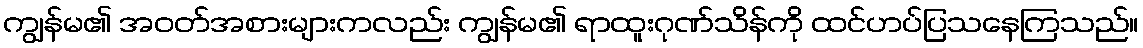
ကျွန်မ၏ အဝတ်အစားများကလည်း ကျွန်မ၏ ရာထူးဂုဏ်သိန်ကို ထင်ဟပ်ပြသနေကြသည်။